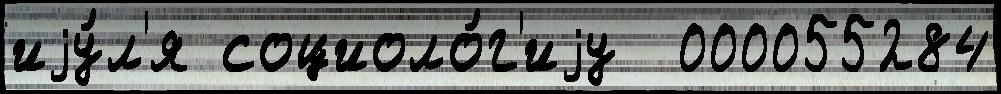
иjу́л'я социоло́г'иjу  000055284